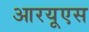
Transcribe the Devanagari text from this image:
आरयूएस